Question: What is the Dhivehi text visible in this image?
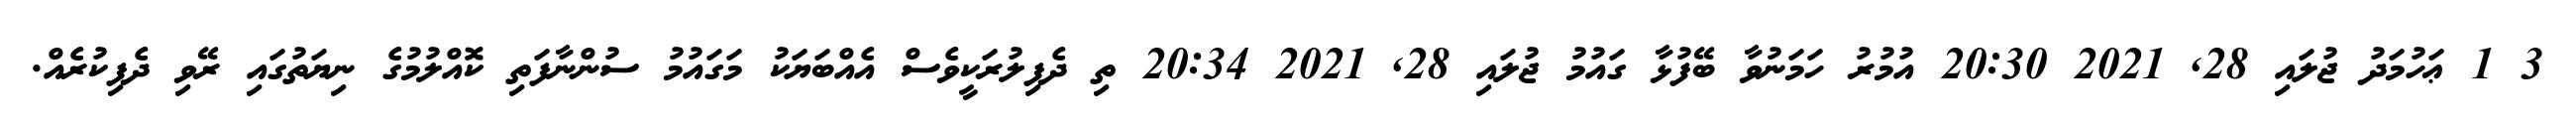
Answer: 3 1 ޢަހުމަދު ޖުލައި 28, 2021 20:30 އުމުރު ހަމަނުވާ ބޭފުޅާ ގައުމު ޖުލައި 28, 2021 20:34 ތި ދެފިލުރަކީވެސް އެއްބަޔަކު މަގައުމު ސުންނާފަތި ކޮއްލުމުގެ ނިޔަތުގައި ރޭވި ދެފިކުރެއް.